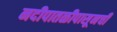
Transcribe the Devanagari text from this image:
नदीपातळीपासूनची